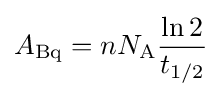
A_{\text{Bq}}=nN_{\text{A}}{\frac {\ln 2}{t_{1/2}}}